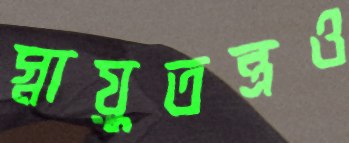
স্নায়ুতন্ত্রও